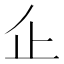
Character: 𠂛